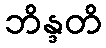
ဘိန္ဒတိ